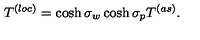
T ^ { ( l o c ) } = \cosh \sigma _ { w } \cosh \sigma _ { p } T ^ { ( a s ) } .